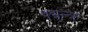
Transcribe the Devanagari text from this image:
षद्यन्त्र